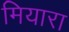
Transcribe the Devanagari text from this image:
मियारा